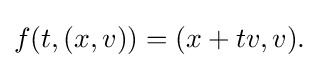
f(t,(x,v))=(x+tv,v).\